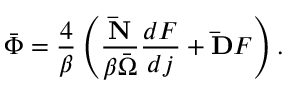
\bar { \Phi } = \frac 4 \beta \left( \frac { { \bf \bar { N } } } { \beta \bar { \Omega } } \frac { d F } { d j } + { \bf \bar { D } } F \right) .